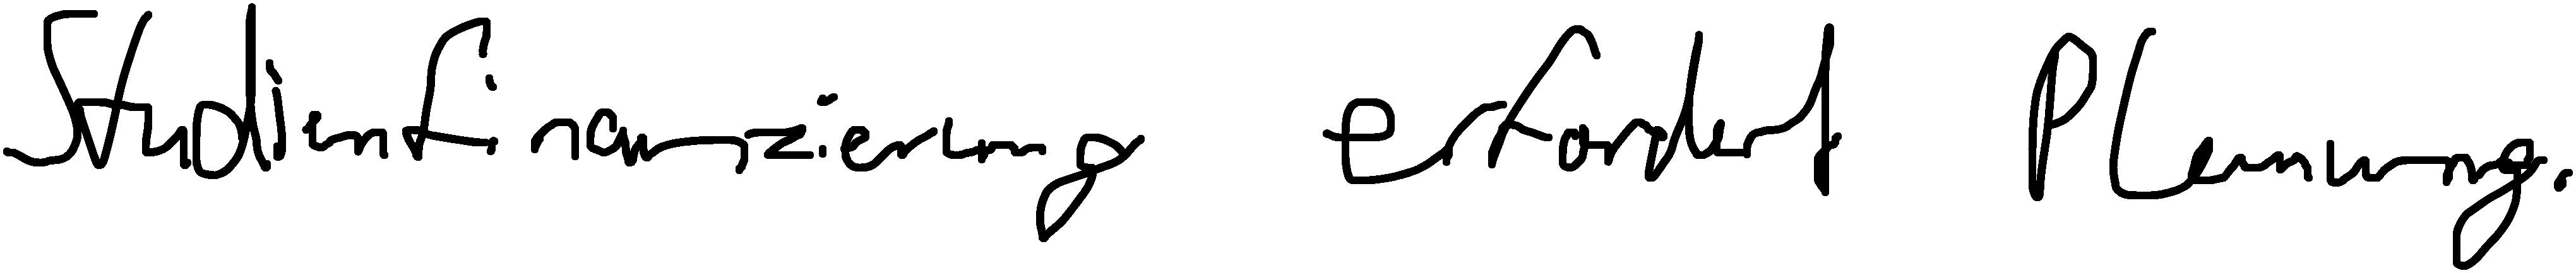
Studienfinanzierung erfordert Planung.